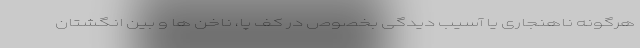
هرگونه ناهنجاری یا آسیب دیدگی بخصوص در کف پا، ناخن ها و بین انگشتان